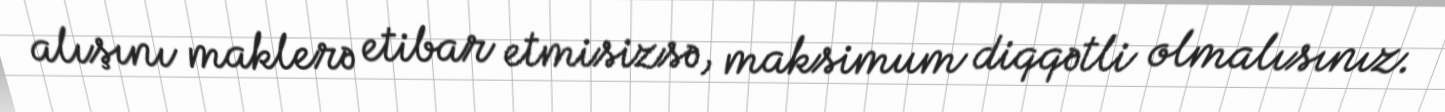
alışını maklerə etibar etmisizsə, maksimum diqqətli olmalısınız.